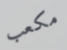
مكعب